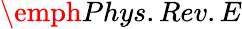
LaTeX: \emph{Phys.Rev.E}